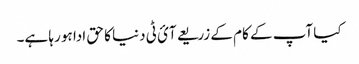
کیا آپ کے کام کے زریعے آئ ٹی دنیا کا حق ادا ہو رہا ہے۔